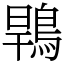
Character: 䳚